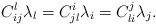
LaTeX: \begin{align*}C_{ij}^l\lambda_l=C_{jl}^i\lambda_i=C_{li}^j\lambda_j.\end{align*}